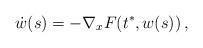
LaTeX: \begin{align*}\dot w(s)=-\nabla_x F(t^*, w(s))\,,\end{align*}